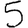
Digit: 5